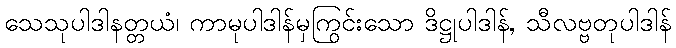
သေသုပါဒါနတ္တယံ၊ ကာမုပါဒါန်မှကြွင်းသော ဒိဋ္ဌုပါဒါန်, သီလဗ္ဗတုပါဒါန်